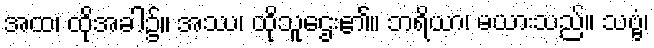
အထ၊ ထိုအခါ၌။ အဿ၊ ထိုသူဌေး၏။ ဘရိယာ၊ မယားသည်။ သဗ္ဗံ၊